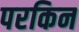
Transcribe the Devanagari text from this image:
परकिन